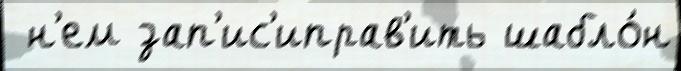
 н'ем зап'ис'иправ'ить шабло́н